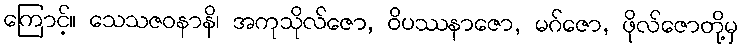
ကြောင့်။ သေသဇဝနာနိ၊ အကုသိုလ်ဇော, ဝိပဿနာဇော, မဂ်ဇော, ဖိုလ်ဇောတို့မှ